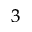
^ 3